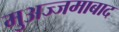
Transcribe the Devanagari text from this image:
मुअज्जमाबाद